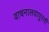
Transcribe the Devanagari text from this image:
वाचनालयापुरती